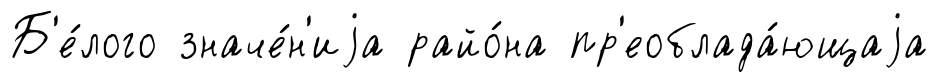
Б'е́лого значе́н'иjа райо́на пр'еоблада́ющаjа